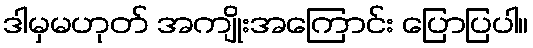
ဒါမှမဟုတ် အကျိုးအကြောင်း ပြောပြပါ။